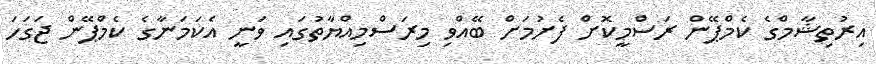
އިރުތިޝާމްގެ ކެމްޕޭން ރަސްމީކޮށް ފެށުމަށް ބޭއްވި މިރަސްމިއްޔާތުގައި ވަނީ އެކަމަނާގެ ކެމްޕޭން ޖަގަހަ